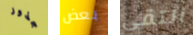
جذور بعض التقي